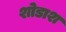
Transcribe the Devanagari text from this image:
शोडाश